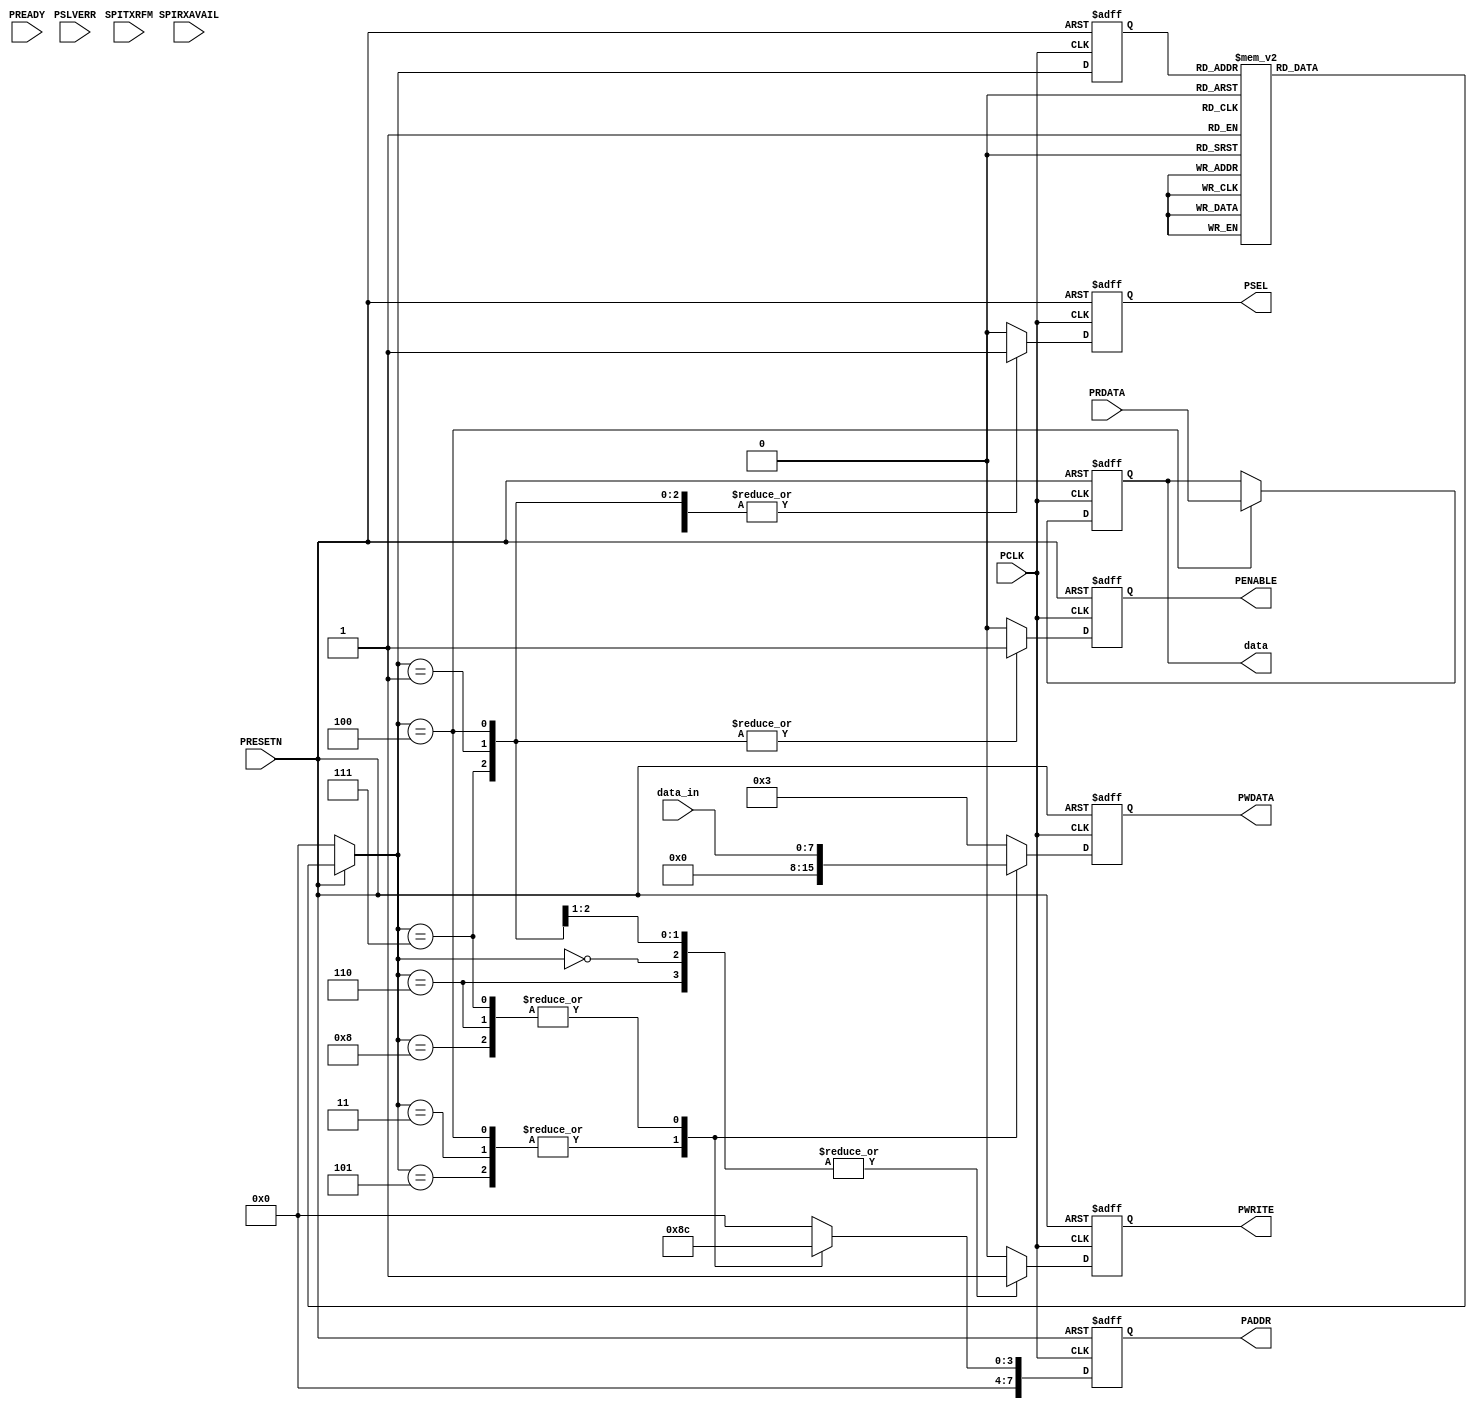
///////////////////////////////////////////////////////////////////////////////////////////////////
// Company: <Name>
//
// File history:
//      <Revision number>: <Date>: <Comments>
//      <Revision number>: <Date>: <Comments>
//      <Revision number>: <Date>: <Comments>
//
// Description: 
//
// <Description here>
//
// Targeted device: <Family::ProASIC3> <Die::A3P1000> <Package::208 PQFP>
//
/////////////////////////////////////////////////////////////////////////////////////////////////// 

//`timescale <time_units> / <precision>

module SPI_slave ( input PCLK,
                   input PRESETN,
                   input PREADY,
                   input PSLVERR,
                   input [7:0]PRDATA,
                   input [7:0]data_in,
                   input SPIRXAVAIL,
                   input SPITXRFM,
                   output reg PSEL,
                   output reg PENABLE,
                   output reg PWRITE,
                   output reg[7:0]PWDATA,
                   output reg[7:0]PADDR,
                   output reg[7:0]data);

//<statements>
parameter CONTROL   = 7'h00,
          INTCLEAR  = 7'h04,
          RXDATA    = 7'h08,
          TXDATA    = 7'h0C,
          INTMASK   = 7'h10,
          INTRAW    = 7'h14,
          CONTROL2  = 7'h18,
          COMMAND   = 7'h1C,
          STAT      = 7'h20,
          SSEL      = 7'h24,
          TXDATA_LAST   = 7'h28,
          CLK_DIV   = 7'h2C;

parameter S0 = 4'd0,    //initial the coreSPI
          S1 = 4'd1,
          S2 = 4'd2,
          S3 = 4'd3,    //read data from RX FIFO   
          S4 = 4'd4,
          S5 = 4'd5,
          S6 = 4'd6,    //transfer data to TX FIFO
          S7 = 4'd7,
          S8 = 4'd8;

reg [3:0]current_state, next_state;

always@(posedge PCLK or negedge PRESETN)
begin
    if(!PRESETN)
        current_state <= S0;
    else
        current_state <= next_state;
end

always@*
begin
    if(!PRESETN)
        next_state <= S0;
    else
        case(current_state)
            S0: next_state <= S1;
            S1: next_state <= S2;
            S2: next_state <= S3;
            S3: next_state <= S4;
            S4: next_state <= S5;
            S5: next_state <= S6;
            S6: next_state <= S7;
            S7: next_state <= S8;
            S8: next_state <= S0;
            default: next_state <= S0;
        endcase
end

always@(posedge PCLK or negedge PRESETN)
begin
    if(!PRESETN) begin
        PADDR <= CONTROL;
        PWDATA <= 8'h03;
    end

    else
        case(next_state)
            S0,S1,S2: begin
                PADDR <= CONTROL;
                PWDATA <= 8'h03;
            end

            S3,S4,S5: begin
                PADDR <= RXDATA;
                PWDATA <= 8'h00;
            end

            S6,S7,S8: begin
                PADDR <= TXDATA;
                PWDATA <= data_in;
            end

            default: begin
                PADDR <= CONTROL;
                PWDATA <= 8'h03;
            end
        endcase
end

always@(posedge PCLK or negedge PRESETN)
begin
    if(!PRESETN) begin
        PSEL <= 1'b0;
        PWRITE <= 1'b0;
    end

     else
        case(next_state)
        S0,S1,S6,S7: begin
            PSEL <= 1'b1;
            PWRITE <= 1'b1;
        end

        S3,S4: begin
            PSEL <= 1'b1;
            PWRITE <= 1'b0;
        end
        
        default: begin
            PSEL <= 1'b0;
            PWRITE <= 1'b0;
        end
        endcase
end

always@(posedge PCLK or negedge PRESETN)
begin
    if(!PRESETN) begin
        PENABLE <= 1'b0;
        data <= 8'h00;
    end

    else
        case(next_state)
        S1,S7: begin
            PENABLE <= 1'b1;
            data <= data;
        end
        
        S4: begin
            PENABLE <= 1'b1;
            data <= PRDATA;
        end

        default: begin
            PENABLE <= 1'b0;
            data <= data;
        end
        endcase
end

endmodule